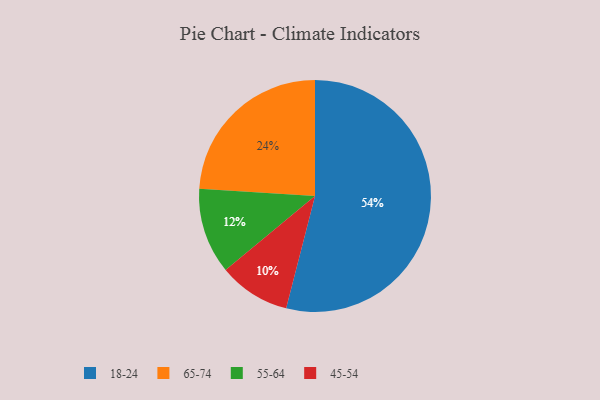
{"axis": {"x": "Category", "y": "Percentage"}, "legend": ["18-24", "45-54", "55-64", "65-74"], "data": [{"x": "65-74", "y": 24, "type": "65-74"}, {"x": "55-64", "y": 12, "type": "55-64"}, {"x": "18-24", "y": 54, "type": "18-24"}, {"x": "45-54", "y": 10, "type": "45-54"}]}